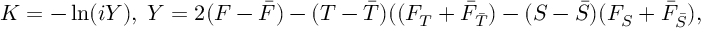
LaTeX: K = - \ln ( i Y ) , \; Y = 2 ( F - { \bar { F } } ) - ( T - { \bar { T } } ) ( ( F _ { T } + { \bar { F } } _ { \bar { T } } ) - ( S - { \bar { S } } ) ( F _ { S } + { \bar { F } } _ { \bar { S } } ) ,